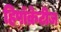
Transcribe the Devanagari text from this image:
हिपॉक्रेटीज